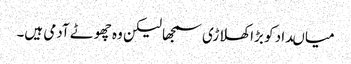
میاںداد کو بڑا کھلاڑی سمجھا لیکن وہ چھوٹے آدمی ہیں۔